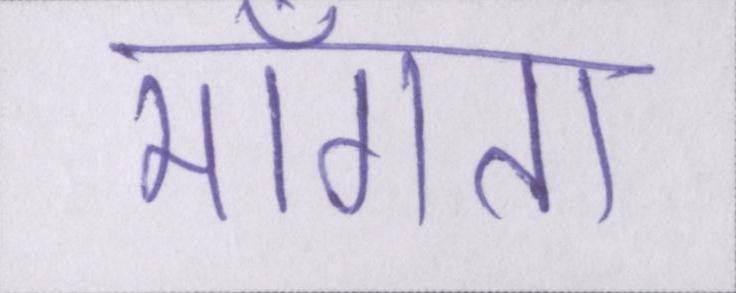
माँगता